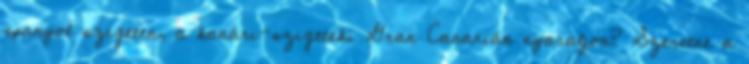
spanyol szigeten, a kanári-szigeteki Gran Canarián nyaraljon? Szeretne a